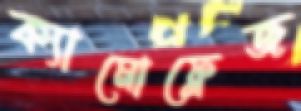
ক্যামোফ্লেজ